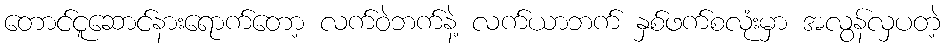
တောင်ငူဆောင်နားရောက်တော့ လက်ဝဲဘက်နဲ့ လက်ယာဘက် နှစ်ဖက်စလုံးမှာ အလွန်လှပတဲ့